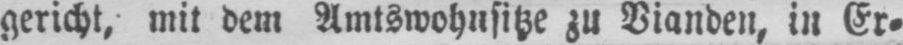
gericht, mit dem Amtswohnsitze zu Vianden, in Er⸗